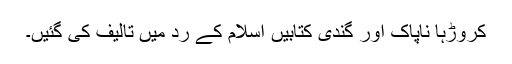
کروڑہا ناپاک اور گندی کتابیں اسلام کے رد میں تالیف کی گئیں۔